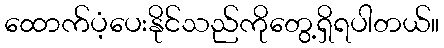
ထောက်ပံ့ပေးနိုင်သည်ကိုတွေ့ရှိရပါတယ်။